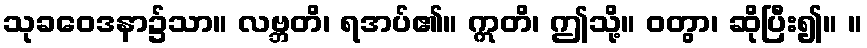
သုခဝေဒနာ၌သာ။ လဗ္ဘတိ၊ ရအပ်၏။ ဣတိ၊ ဤသို့။ ဝတွာ၊ ဆိုပြီး၍။ ။